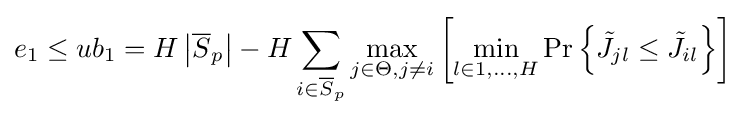
e_{1}\leq ub_{1}=H\left|{\overline {S}}_{p}\right|-H\sum _{i\in {\overline {S}}_{p}}{\max _{j\in \Theta ,j\neq i}\left[\min _{l\in {1,\ldots ,H}}\Pr \left\{{\tilde {J}}_{jl}\leq {\tilde {J}}_{il}\right\}\right]}